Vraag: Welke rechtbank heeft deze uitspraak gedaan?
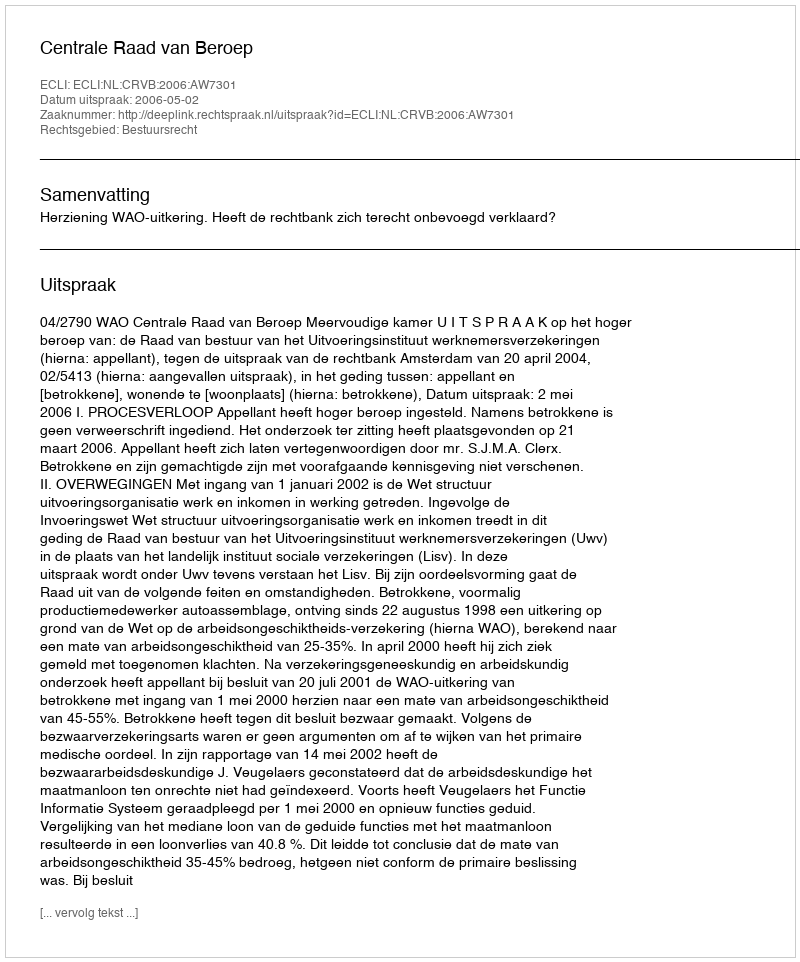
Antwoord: Centrale Raad van Beroep